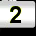
Digit: 2